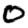
Digit: 0